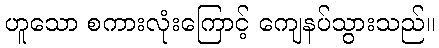
ဟူသော စကားလုံးကြောင့် ကျေနပ်သွားသည်။